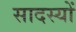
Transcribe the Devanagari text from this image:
सादस्यों